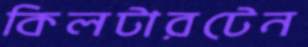
কিলটারটেন